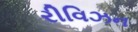
રીવિઝન